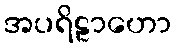
အပရိဠာဟော